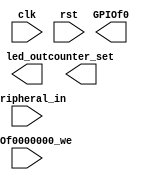
`timescale 1ns / 1ps
module led_Dev_IO(input clk,
						input rst,
						input GPIOf0000000_we,
						input [31:0] Peripheral_in,
						output [1:0] counter_set,
						output [7:0] led_out,
						output [21:0] GPIOf0						 
						);
						
endmodule